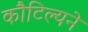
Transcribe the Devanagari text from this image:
कौटिल्‍यने